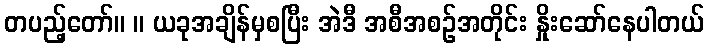
တပည့်တော်။ ။ ယခုအချိန်မှစပြီး အဲဒီ အစီအစဉ်အတိုင်း နှိုးဆော်နေပါတယ်